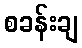
စခန်းချ